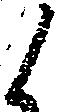
候